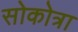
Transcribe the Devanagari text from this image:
सोकोत्रा